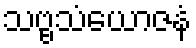
သဗ္ဗသံယောဇနံ